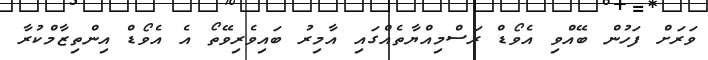
ވަރަށް ފަހުން ބޭއްވި އެވޯޑް ރަސްމިއްޔާތެއްގައި އާމިރު ބައިވެރިވޭތޯ އެ އެވޯޑް އިންތިޒާމްކުރާ